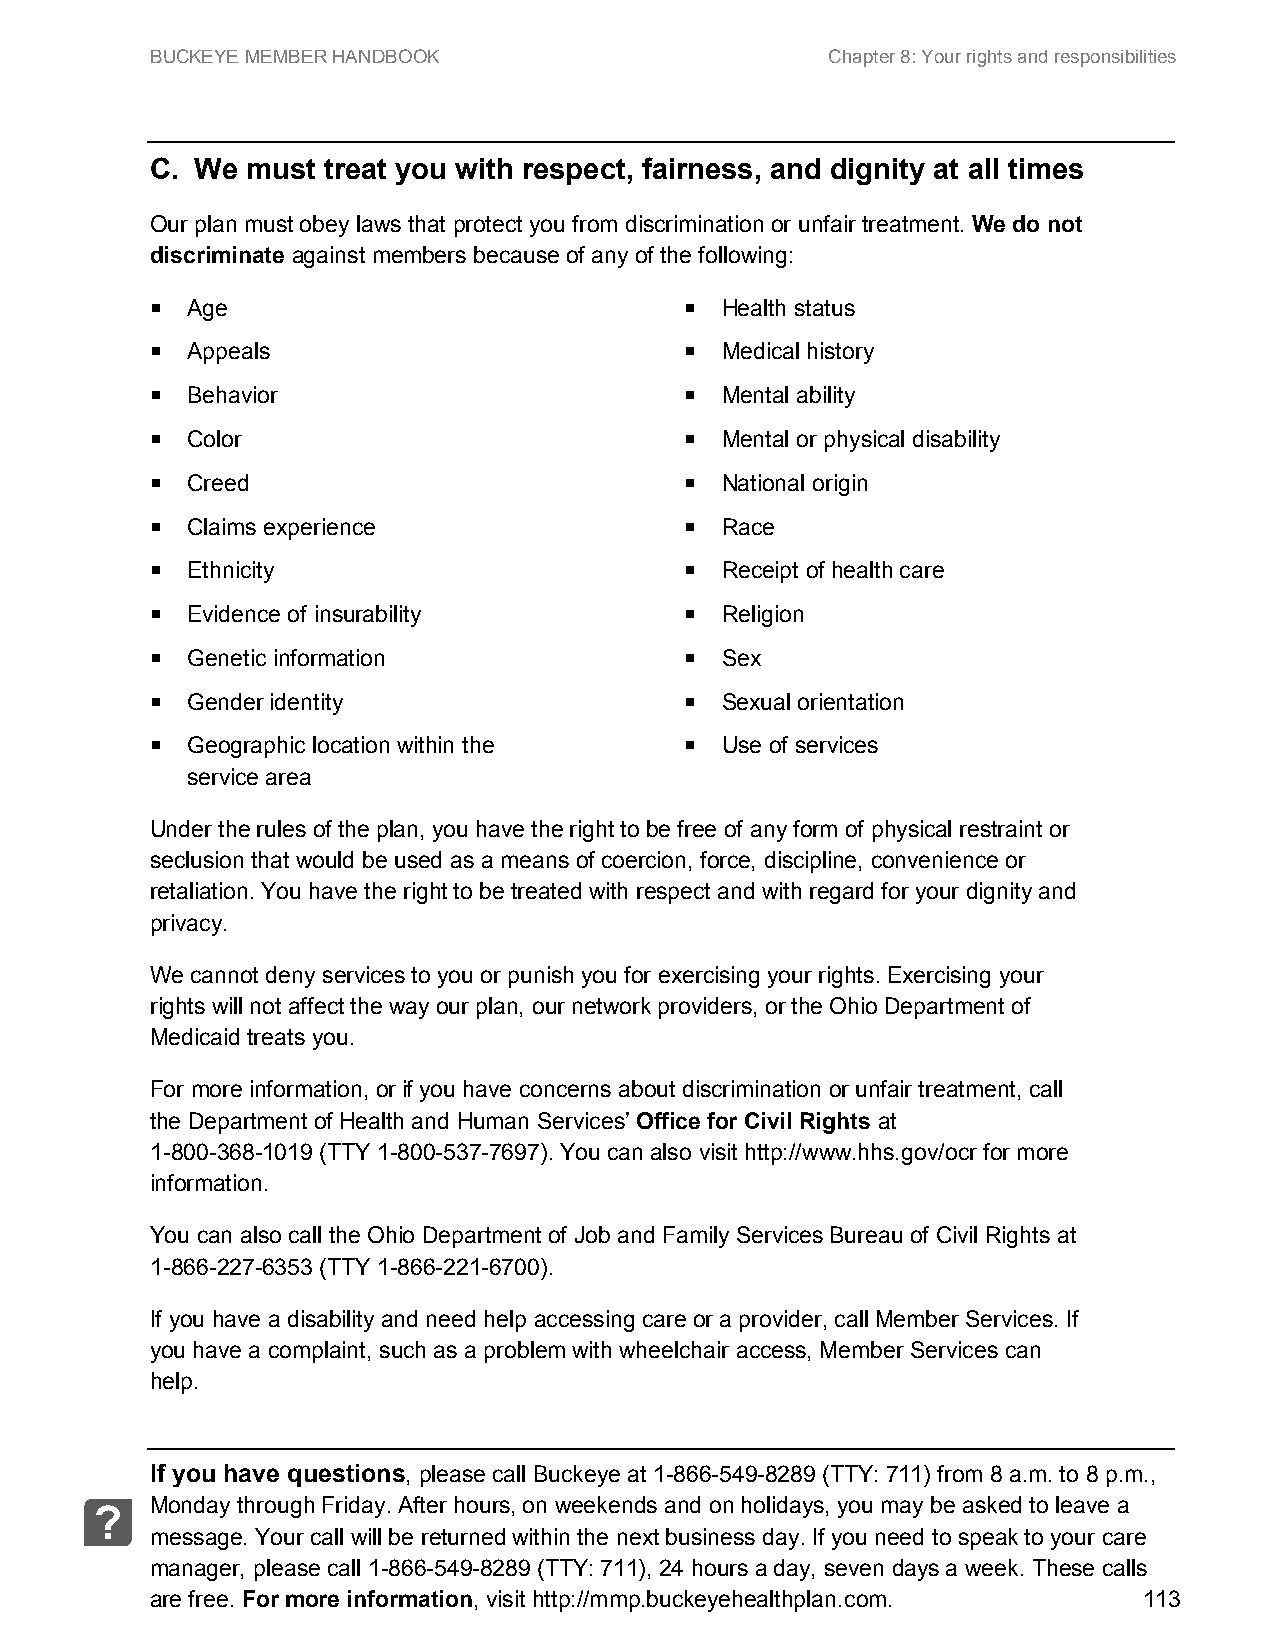
BUCKEYE MEMBER HANDBOOK                      Chapter 8: Your rights and responsibilities
 C. We must treat you with respect, fairness, and dignity at all times
 Our plan must obey laws that protect you from discrimination or unfair treatment. We do not
 discriminate against members because of any of the following:
  Age                                Health status
  Appeals                            Medical history
  Behavior                           Mental ability
  Color                              Mental or physical disability
  Creed                              National origin
  Claims experience                  Race
  Ethnicity                          Receipt of health care
  Evidence of insurability           Religion
  Genetic information                Sex
  Gender identity                    Sexual orientation
  Geographic location within the     Use of services
 service area
 Under the rules of the plan, you have the right to be free of any form of physical restraint or
 seclusion that would be used as a means of coercion, force, discipline, convenience or
 retaliation. You have the right to be treated with respect and with regard for your dignity and
 privacy.
 We cannot deny services to you or punish you for exercising your rights. Exercising your
 rights will not affect the way our plan, our network providers, or the Ohio Department of
 Medicaid treats you.
 For more information, or if you have concerns about discrimination or unfair treatment, call
 the Department of Health and Human Services’ Office for Civil Rights at
 1-800-368-1019 (TTY 1-800-537-7697). You can also visit http://www.hhs.gov/ocr for more
 information.
 You can also call the Ohio Department of Job and Family Services Bureau of Civil Rights at
 1-866-227-6353 (TTY 1-866-221-6700).
 If you have a disability and need help accessing care or a provider, call Member Services. If
 you have a complaint, such as a problem with wheelchair access, Member Services can
 help.
 If you have questions, please call Buckeye at 1-866-549-8289 (TTY: 711) from 8 a.m. to 8 p.m.,
 Monday through Friday. After hours, on weekends and on holidays, you may be asked to leave a
 ?
 message. Your call will be returned within the next business day. If you need to speak to your care
 manager, please call 1-866-549-8289 (TTY: 711), 24 hours a day, seven days a week. These calls
 are free. For more information, visit http://mmp.buckeyehealthplan.com. 113